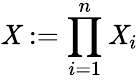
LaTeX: \mathit{X}:=\prod_{i=1}^{n}\mathit{X}_{i}